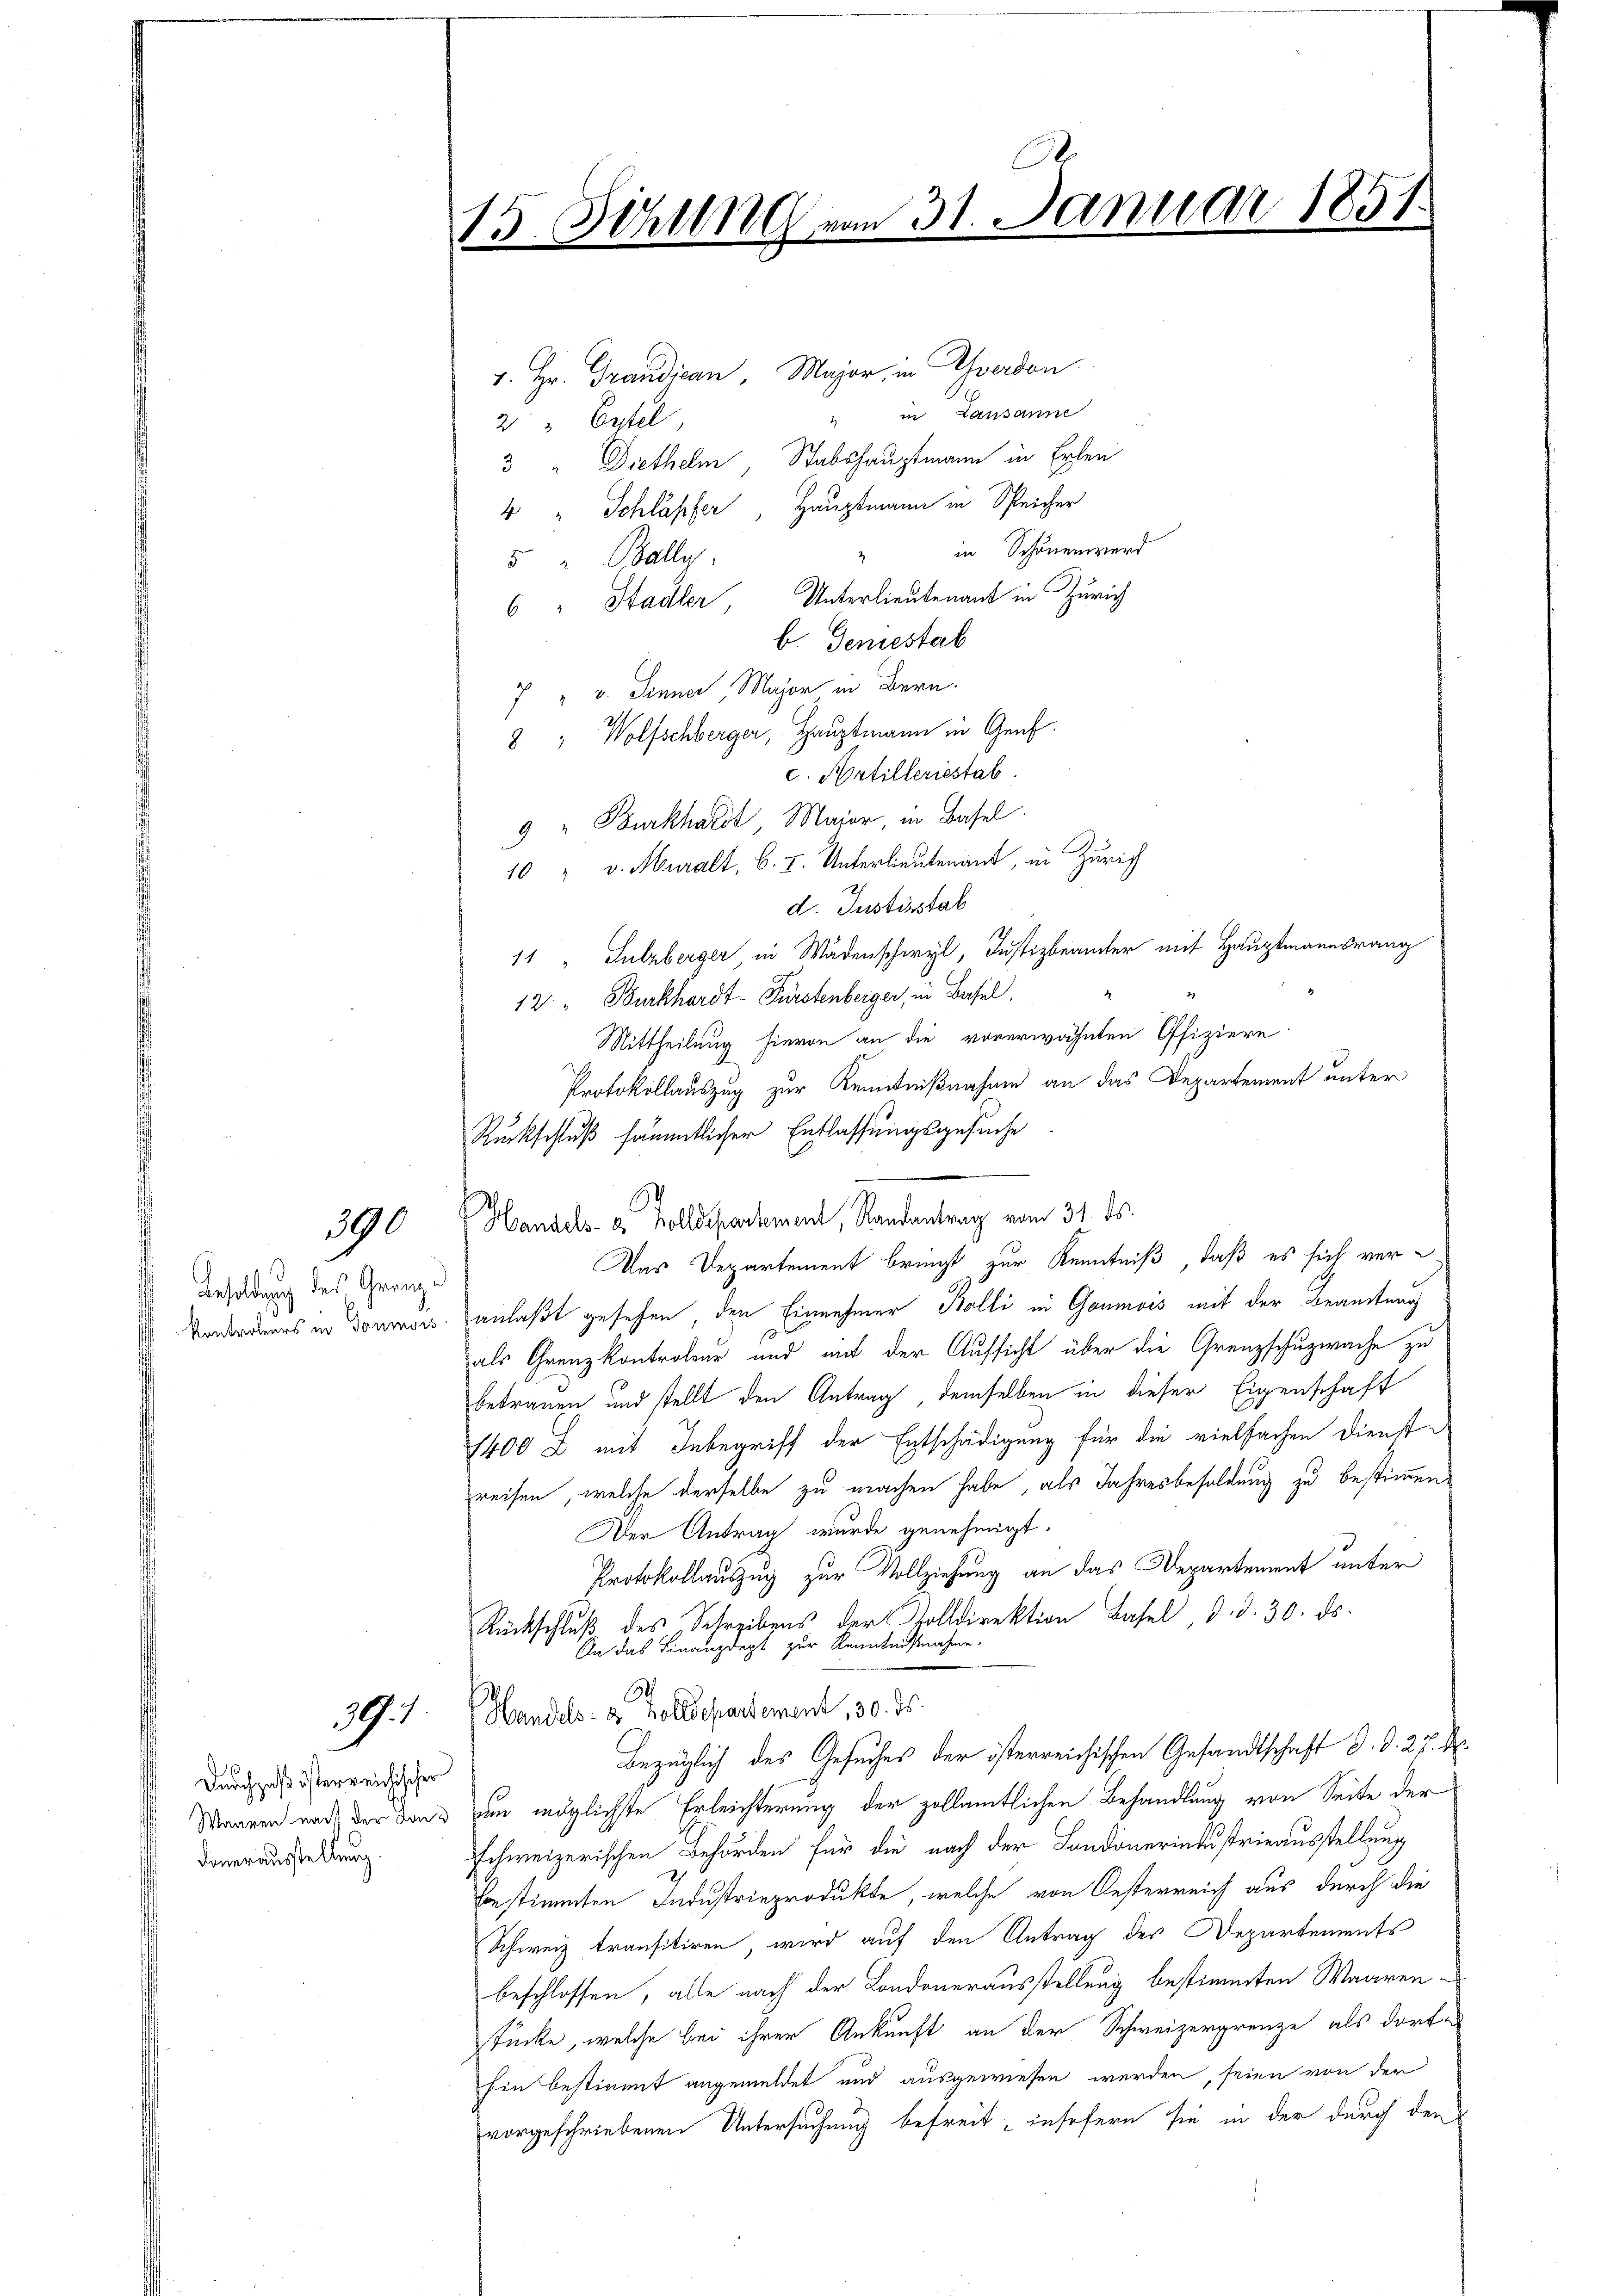
390

Besoldung des Granz u

Durchpaß österreichischer
Dauerausstellung.

39.1

J
15. Jehl 189 vom 31. Januar 1851

3 Diethelm, Stabshauptmann in Erlen
4 " Schläpfer, Hauptmann in Speicher
2 in Schönenwerd
5 " Bally.
6 " Hadler, Unterlieutenant in Zürich
b. Geniestab
7 " v. Jenner Major in Bern.
8 " Wolfschberger, Hauptmann in Genf.
c. Artilleriestab.
9 " Burkhardt Major, in Basel
10 " v. Muralt, b. I. Unterlieutenant, in Zürich
d. Instinstal
11 " Sulzberger in Wädenschwyl, Justizbeamter mit Hauptmannsrang
12 " Burkhardt-Fürstenberger, in Basel,
Mittheilung hievon an die vorerwähnten Offiziere
Protokollauszug zur Kenntnißnahme an das Departement unter
Rückschluß sämmtlicher Entlassungsgesuche
Handels- & Zolldepartement, Randantrag vom 31. ds.
Das Departement bringt zur Kenntniß, daß es sich ver¬
Vandauers in Donnois anlaßt gesehen, den Einnehmer Bolli in Gaumois mit der Beamtung
als Grenzkontroleur und mit der Aufsicht über die Grenzschuzwache zu
betrauen und stellt den Antrag, demselben in dieser Eigenschaft
1400 x mit Inbegriff der Entschädigung für die vielfachen Dienste
reisen, welche derselbe zu machen habe, als Jahresbesoldung zu bestimmen.
Der Antrag wurde genehmigt.
Protokollauszug zur Vollziehung an das Departement unter
Rückschluß des Schreibens der Volldirektion Basel, d. d. 30. ds.
An das Finanzdept zur Kenntnisnahme.
.
Handels- & Zolldepartement, 30. ds.
Bezüglich des Gesuches der österreichischen Gesandtschaft d. d. 27. M.
Waaren nach der dans nun möglichste Erleichterung der zollamtlichen Behandlung von Seite der
schweizerischen Behörden für die nach der Landonerintustrieausstellung
Bestimmten Industrieprodukte, welche von Oesterreich aus durch die
Schweiz transitiren, wird auf den Antrag der Departements
beschlossen, alle nach der Londonerausstellung bestimmten Waarenstücke, welche bei ihrer Ankunft an der Schweizergrenze als dorte
hin bestimmt angemeldet und ausgewiesen werden, seien von der
vorgeschriebenen Untersuchung befreit, insofern sie in der durch den

1. Hr. Grandjean, Major, in Graden.
" in Lausanne
2 " Eytel,